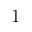
1